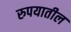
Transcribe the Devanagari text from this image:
रुपयातील